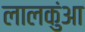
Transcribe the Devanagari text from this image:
लालकुंआ